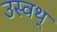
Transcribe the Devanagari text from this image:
उस्वथ्